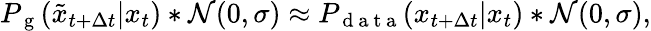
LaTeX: P_{\mathrm{~g~}}(\tilde{x}_{t+\Delta t}|x_{t})*\mathcal{N}(0,\sigma)\approx P_{\mathrm{~d~a~t~a~}}(x_{t+\Delta t}|x_{t})*\mathcal{N}(0,\sigma),